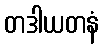
တဒါယတနံ